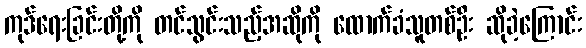
ကုဒ်ရေးခြင်းတို့ကို တင်သွင်းသည့်အဆိုကို ထောက်ခံသူတစ်ဦး ဆိုခဲ့ကြောင်း